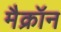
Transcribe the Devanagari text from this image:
मैक्रॉन